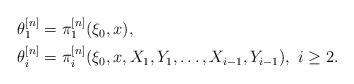
LaTeX: \begin{align*}\begin{aligned}\theta^{[n]}_1&=\pi^{[n]}_1(\xi_0,x),\\\theta^{[n]}_i&=\pi^{[n]}_i(\xi_0,x,X_1,Y_1,\dots,X_{i-1},Y_{i-1}),~i\geq2.\end{aligned}\end{align*}